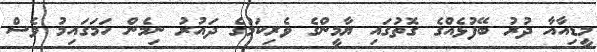
މީޑިއާއާ ދުރު ބޭފުޅެއްގެ ގޮތުގައި ޔާމީންގެ ވެރިކަމުގެ ދައުރު ނިމެން ހަމަގައިމު ވެސް